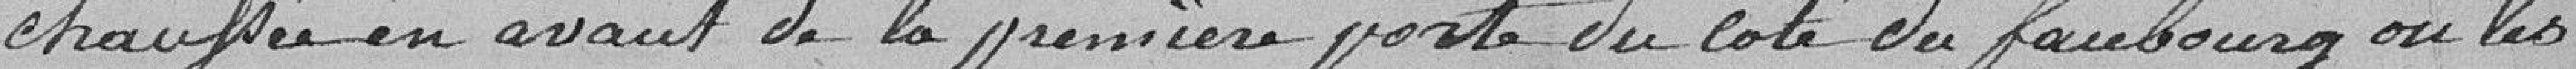
chaussée en avant de la première porte du côté du faubourg où les